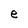
Character: e